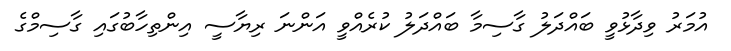
އުމަރު ވިދާޅުވީ ބައްދަލު ގާސިމާ ބައްދަލު ކުރެއްވީ އަންނަ ރިޔާސީ އިންތިހާބުގައި ގާސިމްގެ